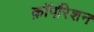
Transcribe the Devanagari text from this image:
क़ाॅर्पोरेशन